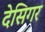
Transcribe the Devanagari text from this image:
देसिगर